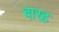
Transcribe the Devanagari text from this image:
बारह